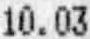
10.03